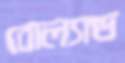
বোল্যান্ড